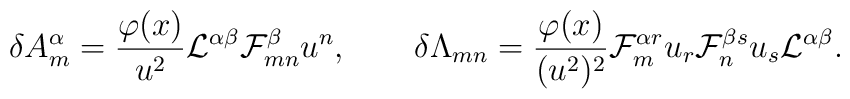
\delta A^\alpha_m={{\varphi(x)}\over{u^2}}{\cal L}^{\alpha\beta}{\cal F}^\beta_{mn}u^n,\qquad\delta\Lambda_{mn}={{\varphi(x)}\over{(u^2)^2}}{\cal F}^{\alpha r}_{m}u_r{\cal F}^{\beta s}_nu_s{\cal L}^{\alpha\beta}.